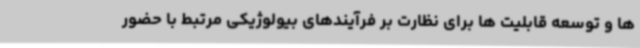
ها و توسعه قابلیت ها برای نظارت بر فرآیندهای بیولوژیکی مرتبط با حضور